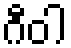
ဂီဝါ